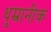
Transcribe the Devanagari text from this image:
धुम्रानीक